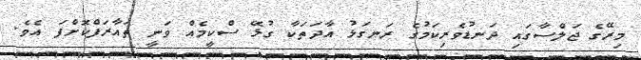
މިރޭގެ ޖަލްސާގައި ދަނޑުވެރިކަމުގެ ރަނގަޅު އާދަތަކާ ގުޅޭ ސްކީމެއް ވަނީ ތައާރަފްކޮށްފަ އެވެ.